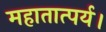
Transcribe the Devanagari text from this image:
महातात्पर्य।